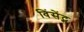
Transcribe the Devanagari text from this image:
विंसेंट्स